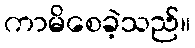
ကာမိစေခဲ့သည်။